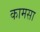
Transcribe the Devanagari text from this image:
कामसा